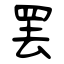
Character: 罢